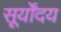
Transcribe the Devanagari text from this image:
सूर्योंदय